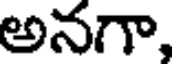
అనగా,